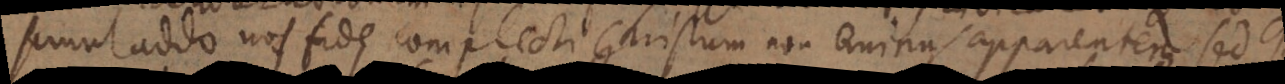
simul addo nos fide complecti Christum non eminus apparentem, s